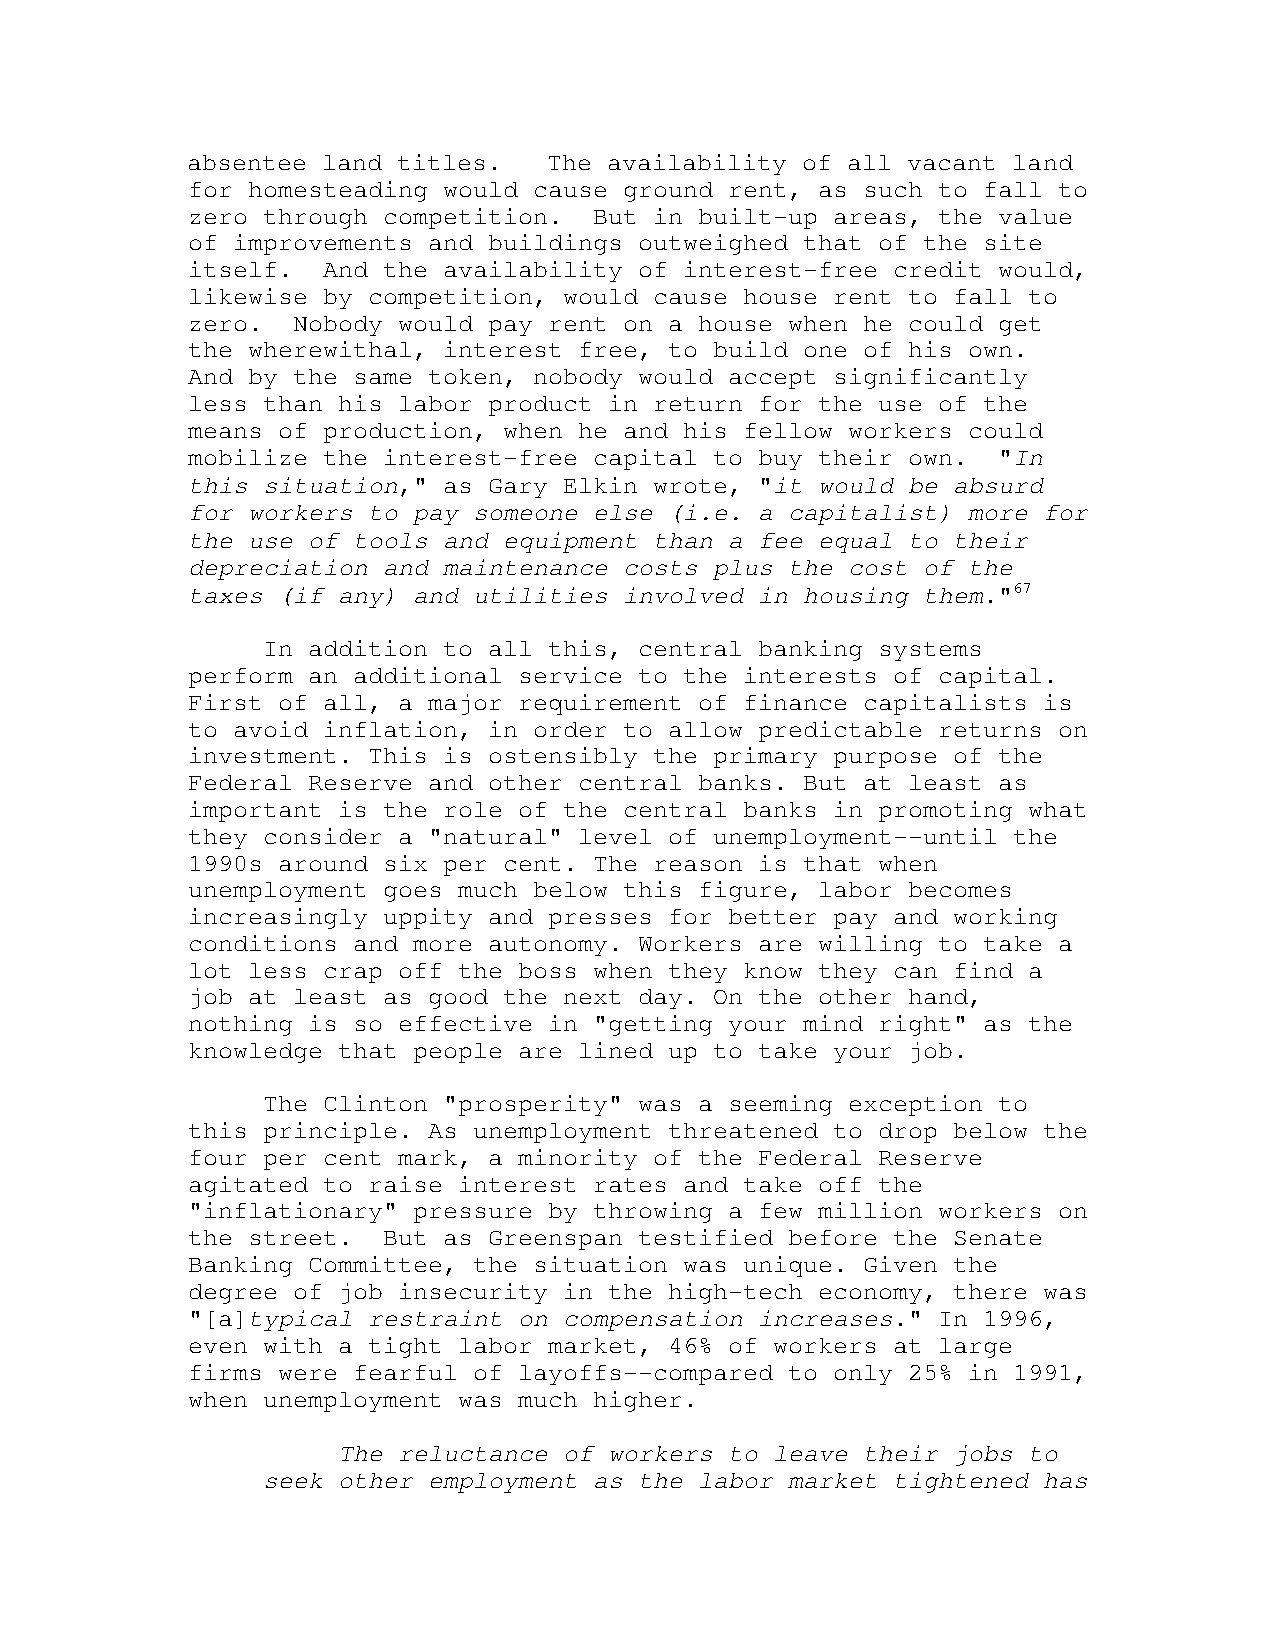
absentee land titles.   The availability of all vacant land
 for homesteading would cause ground rent, as such to fall to
 zero through competition.  But in built-up areas, the value
 of improvements and buildings outweighed that of the site
 itself.  And the availability of interest-free credit would,
 likewise by competition, would cause house rent to fall to
 zero.  Nobody would pay rent on a house when he could get
 the wherewithal, interest free, to build one of his own.
 And by the same token, nobody would accept significantly
 less than his labor product in return for the use of the
 means of production, when he and his fellow workers could
 mobilize the interest-free capital to buy their own.  "In
 this situation," as Gary Elkin wrote, "it would be absurd
 for workers to pay someone else (i.e. a capitalist) more for
 the use of tools and equipment than a fee equal to their
 depreciation and maintenance costs plus the cost of the
 taxes (if any) and utilities involved in housing them."67
 In addition to all this, central banking systems
 perform an additional service to the interests of capital.
 First of all, a major requirement of finance capitalists is
 to avoid inflation, in order to allow predictable returns on
 investment. This is ostensibly the primary purpose of the
 Federal Reserve and other central banks. But at least as
 important is the role of the central banks in promoting what
 they consider a "natural" level of unemployment--until the
 1990s around six per cent. The reason is that when
 unemployment goes much below this figure, labor becomes
 increasingly uppity and presses for better pay and working
 conditions and more autonomy. Workers are willing to take a
 lot less crap off the boss when they know they can find a
 job at least as good the next day. On the other hand,
 nothing is so effective in "getting your mind right" as the
 knowledge that people are lined up to take your job.
 The Clinton "prosperity" was a seeming exception to
 this principle. As unemployment threatened to drop below the
 four per cent mark, a minority of the Federal Reserve
 agitated to raise interest rates and take off the
 "inflationary" pressure by throwing a few million workers on
 the street.  But as Greenspan testified before the Senate
 Banking Committee, the situation was unique. Given the
 degree of job insecurity in the high-tech economy, there was
 "[a]typical restraint on compensation increases." In 1996,
 even with a tight labor market, 46% of workers at large
 firms were fearful of layoffs--compared to only 25% in 1991,
 when unemployment was much higher.
 The reluctance of workers to leave their jobs to
 seek other employment as the labor market tightened has